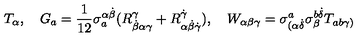
T _ { \alpha } , \quad G _ { a } = \frac { 1 } { 1 2 } \sigma _ { a } ^ { \alpha \dot { \beta } } ( R _ { \dot { \beta } \alpha \gamma } ^ { \gamma } + R _ { \alpha \dot { \beta } \dot { \gamma } } ^ { \dot { \gamma } } ) , \quad W _ { \alpha \beta \gamma } = \sigma _ { ( \alpha \dot { \delta } } ^ { a } \sigma _ { \beta } ^ { b \dot { \delta } } T _ { a b \gamma ) }